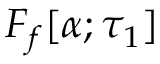
F _ { f } [ \alpha ; \tau _ { 1 } ]